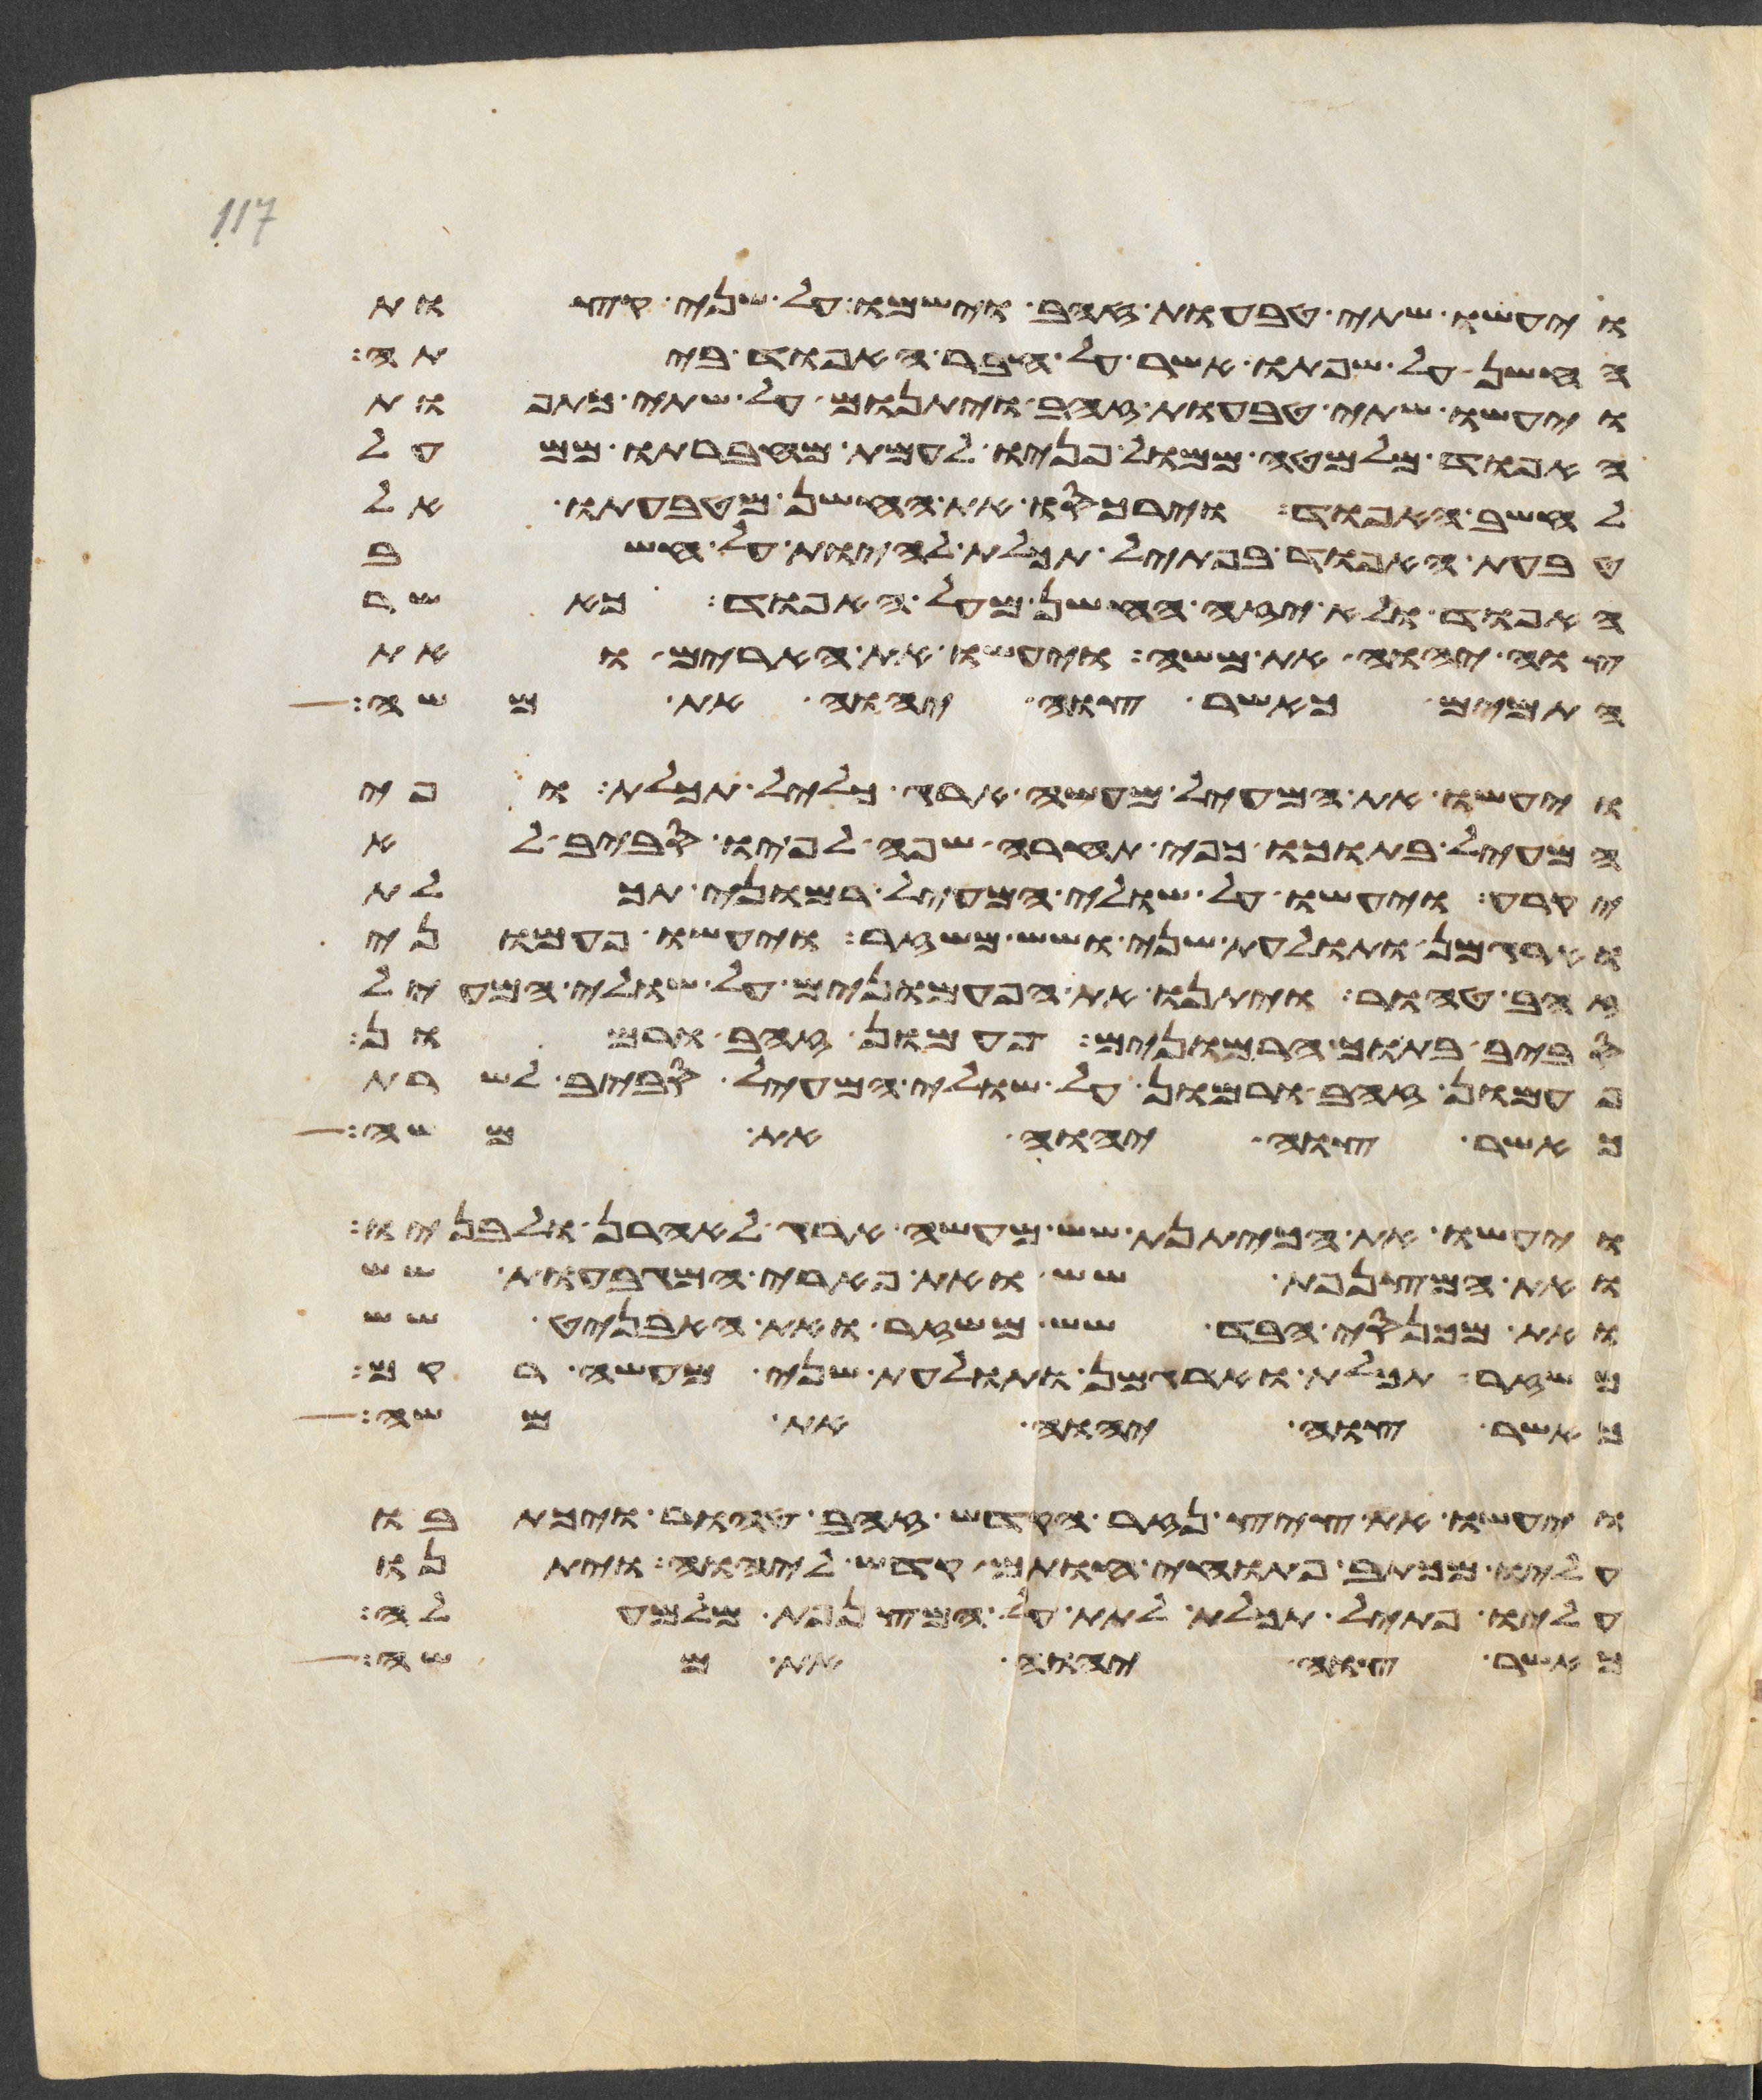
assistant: ויעשו שתי טבעות זהב וישמו על שני קצות
החשן על שפתו אשר על חבר האפוד ביתה
ויעשו שתי טבעות זהב ויתנום על שתי כתפות
האפוד מלמטה ממול פניו לעמת מחברתו ממעל
לחשב האפוד וירכסו את החשן מטבעתו אל
טבעת האפוד בפתיל תכלת להיות על חשב
האפוד ולא יזה החשן מעל האפוד כאשר
צוה יהוה את משה ויעשו את הארים ואת
התמים כאשר צוה יהוה את משה
ויעשו את המעיל מעשה ארג כליל תכלת ופי
המעיל בתוכו כפי תחרה שפה לפיו סביב לא
יקרע ויעשו על שולי המעיל רמוני תכלת
וארגמן ותולעת שני ושש משזר ויעשו פעמוני
זהב טהור ויתנו את הפעמונים על שולי המעיל
סביב בתוך הרמונים פעמון זהב ורמון
פעמון זהב ורמון על שולי המעיל סביב לשרת
כאשר צוה יהוה את משה
ויעשו את הכיתנת שש מעשה ארג לאהרן ולבניו
ואת המצנפת שש ואת פארי המגבעות שש
ואת מכנסי הבד שש משזר ואת האבניט שש
משזר תכלת וארגמן ותולעת שני מעשה רקם
אשר צוה יהוה את משה
ויעשו את ציץ נזר הקדש זהב טהור ויכתבו
עליו מכתב פתוחי חותם קדש ליהוה ויתנו
עליו פתיל תכלת לתת על המצנפת מלמעלה
אשר צוה יהוה את משה